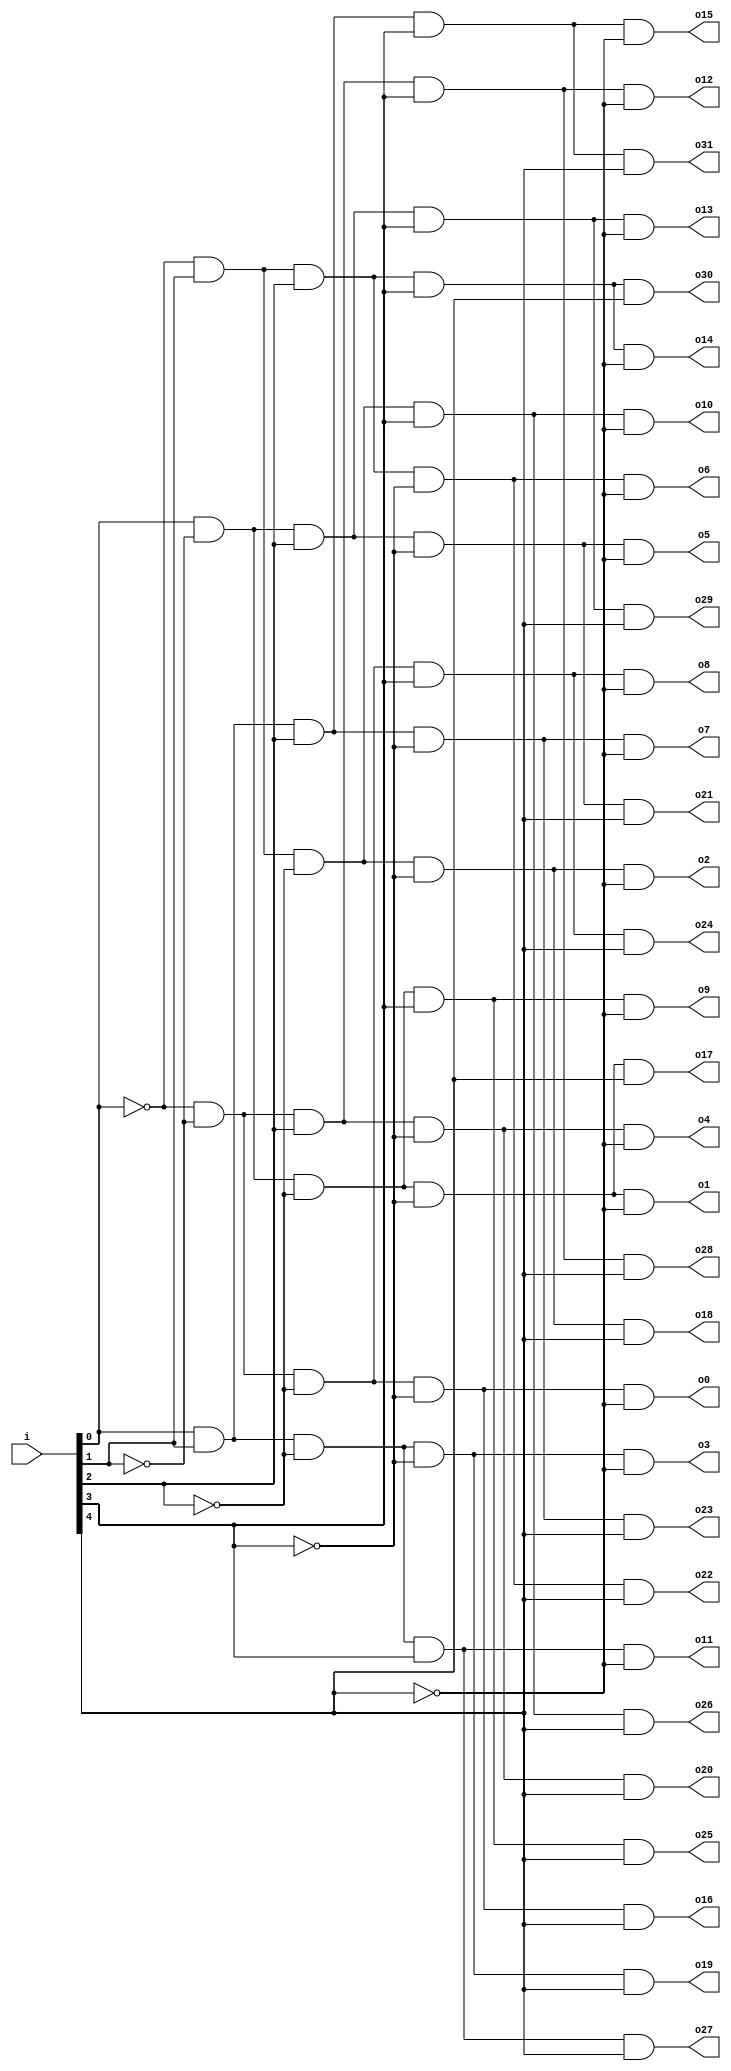
module decoder5_32(i, o0,o1,o2,o3,o4,o5,o6,o7,o8,o9,o10,o11,o12,o13,o14,o15,o16,o17,o18,o19,
o20,o21,o22,o23,o24,o25,o26,o27,o28,o29,o30,o31);
	input[4:0] i;
	output o0,o1,o2,o3,o4,o5,o6,o7,o8,o9,o10,o11,o12,o13,o14,o15,o16,o17,o18,o19,
	o20,o21,o22,o23,o24,o25,o26,o27,o28,o29,o30,o31;
	
	wire[4:0] n ;
	
	not n0(n[0],i[0]);
	not n1(n[1],i[1]);
	not n2(n[2],i[2]);
	not n3(n[3],i[3]);
	not n4(n[4],i[4]);
	
	
	and(o0, n[0],n[1], n[2], n[3], n[4]);
	and(o1, i[0],n[1], n[2], n[3], n[4]);
	and(o2, n[0],i[1], n[2], n[3], n[4]);
	and(o3, i[0],i[1], n[2], n[3], n[4]);
	and(o4, n[0],n[1], i[2], n[3], n[4]);
	and(o5, i[0],n[1], i[2], n[3], n[4]);
	and(o6, n[0],i[1], i[2], n[3], n[4]);
	and(o7, i[0],i[1], i[2], n[3], n[4]);
	and(o8, n[0],n[1], n[2], i[3], n[4]);
	and(o9, i[0],n[1], n[2], i[3], n[4]);
	and(o10, n[0],i[1], n[2], i[3], n[4]);
	and(o11, i[0],i[1], n[2], i[3], n[4]);
	and(o12, n[0],n[1], i[2], i[3], n[4]);
	and(o13, i[0],n[1], i[2], i[3], n[4]);
	and(o14, n[0],i[1], i[2], i[3], n[4]);
	and(o15, i[0],i[1], i[2], i[3], n[4]);
	and(o16, n[0],n[1], n[2], n[3], i[4]);
	and(o17, i[0],n[1], n[2], n[3], i[4]);
	and(o18, n[0],i[1], n[2], n[3], i[4]);
	and(o19, i[0],i[1], n[2], n[3], i[4]);
	and(o20, n[0],n[1], i[2], n[3], i[4]);
	and(o21, i[0],n[1], i[2], n[3], i[4]);
	and(o22, n[0],i[1], i[2], n[3], i[4]);
	and(o23, i[0],i[1], i[2], n[3], i[4]);
	and(o24, n[0],n[1], n[2], i[3], i[4]);
	and(o25, i[0],n[1], n[2], i[3], i[4]);
	and(o26, n[0],i[1], n[2], i[3], i[4]);
	and(o27, i[0],i[1], n[2], i[3], i[4]);
	and(o28, n[0],n[1], i[2], i[3], i[4]);
	and(o29, i[0],n[1], i[2], i[3], i[4]);
	and(o30, n[0],i[1], i[2], i[3], i[4]);
	and(o31, i[0],i[1], i[2], i[3], i[4]);
	
endmodule